Medical and sanitary report of the native army of Madras for the year
Year: 1878
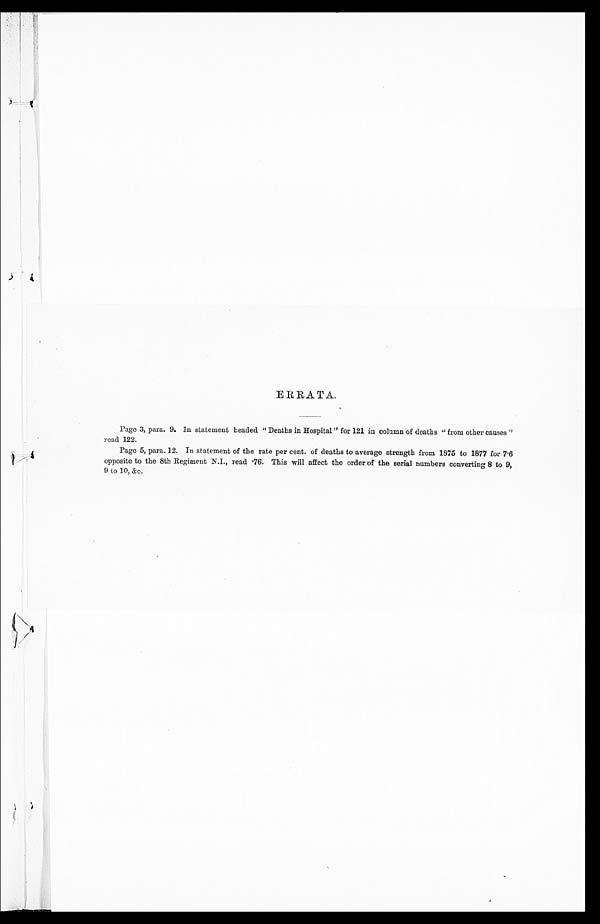
ERRATA.
Page 3, para. 9. In statement headed "Deaths in Hospital" for 121 in column of deaths "from other causes"
read 122.
Page 5, para. 12. In statement of the rate per cent. of deaths to average strength from 1875 to 1877 for 7.6
opposite to the 8th Regiment N.I., read .76. This will affect the order of the serial numbers converting 8 to 9,
9 to 10, &c.